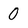
Character: O